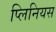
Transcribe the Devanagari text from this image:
प्लिनियस